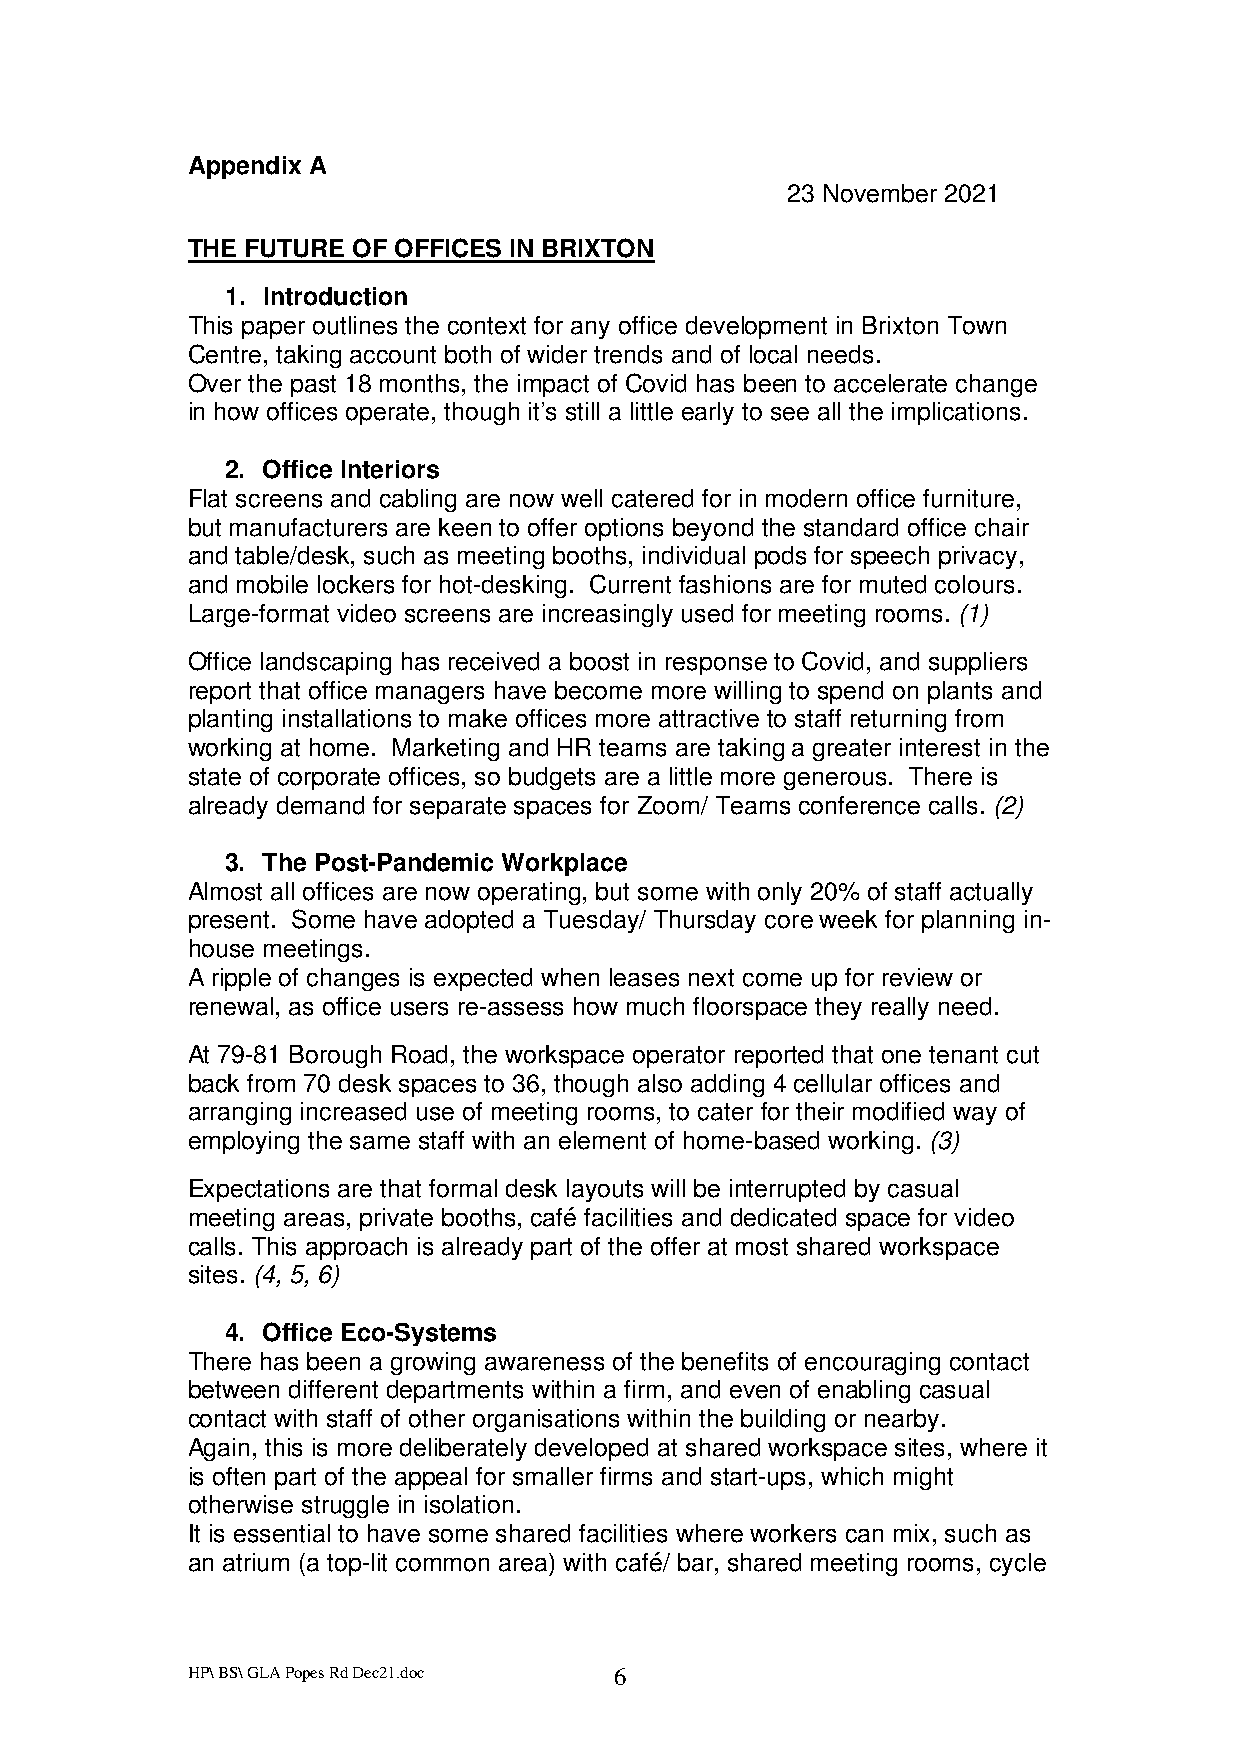
Appendix A
 23 November 2021
 THE FUTURE OF OFFICES IN BRIXTON
 1. Introduction
 This paper outlines the context for any office development in Brixton Town
 Centre, taking account both of wider trends and of local needs.
 Over the past 18 months, the impact of Covid has been to accelerate change
 in how offices operate, though it’s still a little early to see all the implications.
 2. Office Interiors
 Flat screens and cabling are now well catered for in modern office furniture,
 but manufacturers are keen to offer options beyond the standard office chair
 and table/desk, such as meeting booths, individual pods for speech privacy,
 and mobile lockers for hot-desking. Current fashions are for muted colours.
 Large-format video screens are increasingly used for meeting rooms. (1)
 Office landscaping has received a boost in response to Covid, and suppliers
 report that office managers have become more willing to spend on plants and
 planting installations to make offices more attractive to staff returning from
 working at home. Marketing and HR teams are taking a greater interest in the
 state of corporate offices, so budgets are a little more generous. There is
 already demand for separate spaces for Zoom/ Teams conference calls. (2)
 3. The Post-Pandemic Workplace
 Almost all offices are now operating, but some with only 20% of staff actually
 present. Some have adopted a Tuesday/ Thursday core week for planning in-
 house meetings.
 A ripple of changes is expected when leases next come up for review or
 renewal, as office users re-assess how much floorspace they really need.
 At 79-81 Borough Road, the workspace operator reported that one tenant cut
 back from 70 desk spaces to 36, though also adding 4 cellular offices and
 arranging increased use of meeting rooms, to cater for their modified way of
 employing the same staff with an element of home-based working. (3)
 Expectations are that formal desk layouts will be interrupted by casual
 meeting areas, private booths, café facilities and dedicated space for video
 calls. This approach is already part of the offer at most shared workspace
 sites. (4, 5, 6)
 4. Office Eco-Systems
 There has been a growing awareness of the benefits of encouraging contact
 between different departments within a firm, and even of enabling casual
 contact with staff of other organisations within the building or nearby.
 Again, this is more deliberately developed at shared workspace sites, where it
 is often part of the appeal for smaller firms and start-ups, which might
 otherwise struggle in isolation.
 It is essential to have some shared facilities where workers can mix, such as
 an atrium (a top-lit common area) with café/ bar, shared meeting rooms, cycle
 HP\ BS\ GLA Popes Rd Dec21.doc 6